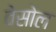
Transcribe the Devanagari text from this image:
वेसोल